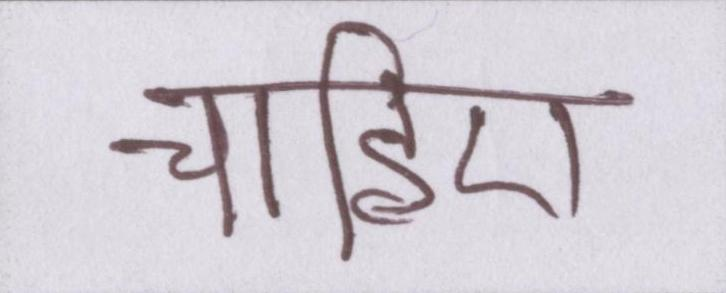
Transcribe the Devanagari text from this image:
चाहिए